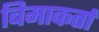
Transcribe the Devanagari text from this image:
बिमाकर्ता